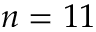
n = 1 1